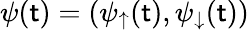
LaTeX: \psi(\mathsf{t})=(\psi_{\uparrow}(\mathsf{t}),\psi_{\downarrow}(\mathsf{t}))